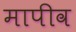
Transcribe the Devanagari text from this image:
मापीव